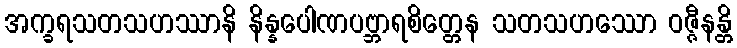
အက္ခရသတသဟဿာနိ နိန္နပေါဏပဗ္ဘာရစိတ္တေန သတသဟဿော ဝဇ္ဇီနန္တိ